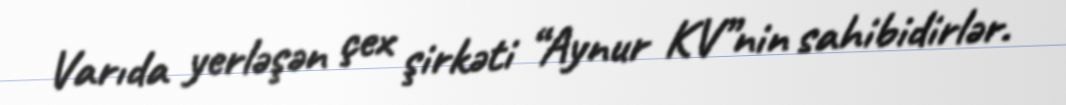
Varıda yerləşən çex şirkəti “Aynur KV”nin sahibidirlər.